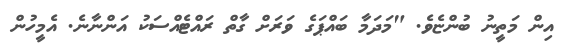
އިން މަތީނު ބުންޏެވެ. "މަދަމާ ބައްޕަގެ ވަރަށް ގާތް ރައްޓެއްސަކު އަންނާނެ. އެމީހުން